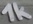
Text: 1k